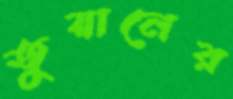
তুয়ানের